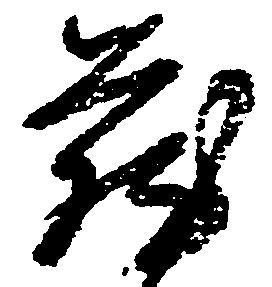
蔵